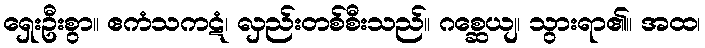
ရှေးဦးစွာ။ ဧကံသကဋံ၊ လှည်းတစ်စီးသည်။ ဂစ္ဆေယျ၊ သွားရာ၏။ အထ၊